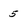
Character: 5